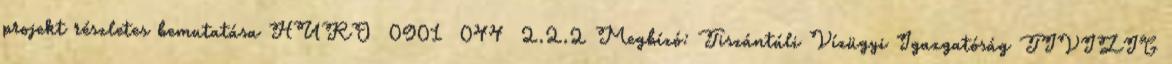
projekt részletes bemutatása HURO 0901 044 2.2.2 Megbízó: Tiszántúli Vízügyi Igazgatóság TIVIZIG